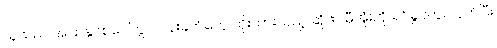
သူသည် အပြာနုဖဲစပေါ်တွင် ပန်းခက်တွေ ထိုးထားသည့် ဆိုဖာ မှီအုံးကို ရင်ခွင်တွင် ပိုက်ပြီး